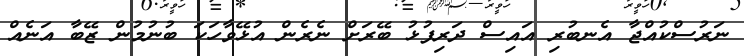
ނަރުސްކުއްޖާ އެނބުރި އައިސް ދަރިފުޅު ބޭރަށް ނެރެން އުޅޭވާހަކަ ބުނުމުން ޒޭބާ އަނެއް